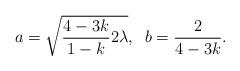
LaTeX: \begin{align*}a=\sqrt{\frac{4-3k}{1-k}2\lambda},\;\;b=\frac{2}{4-3k}.\end{align*}